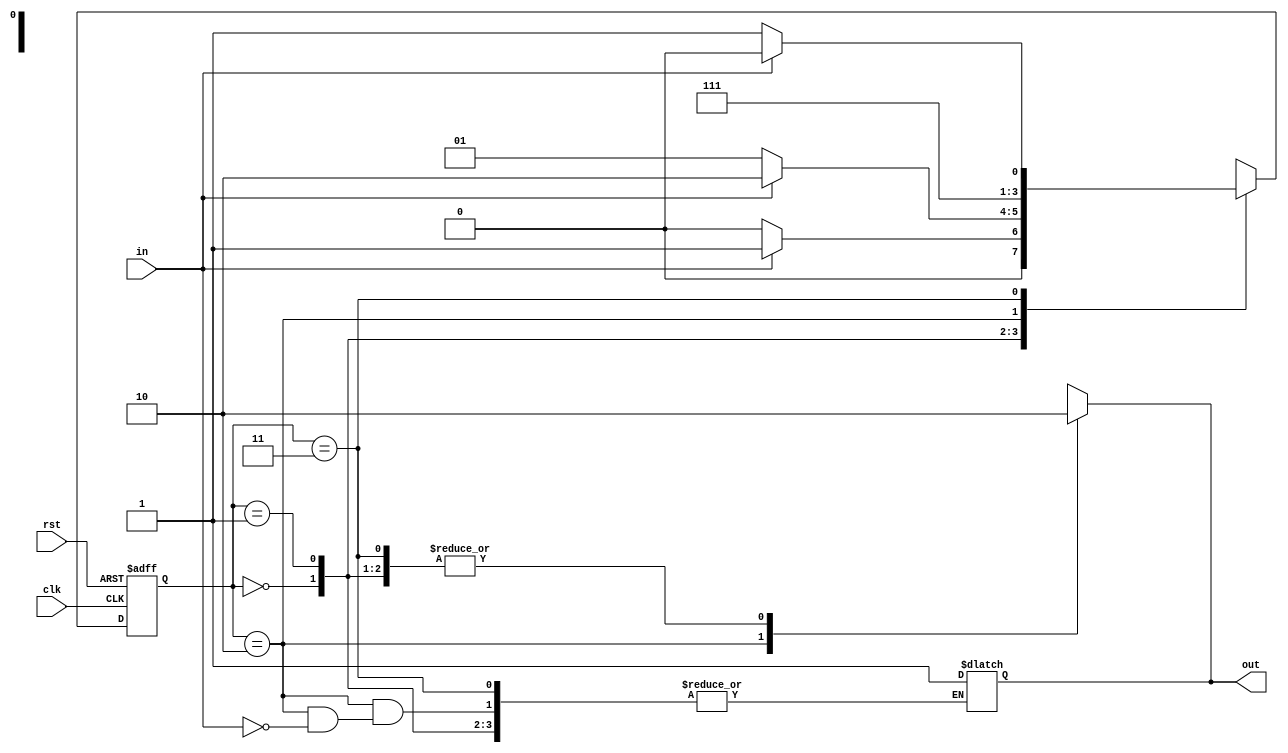
//20L152-SUMITHA R A
module moore_four_eg(
    input clk,rst,in,
    output reg out
    );
parameter s0=2'b00,s1=2'b01,s2=2'b10,s3=2'b11;
reg[1:0]pre_st,nex_st;
always @(posedge clk,posedge rst)
begin
if(rst)
pre_st=1'b0;
else
pre_st=nex_st;
end
always@(pre_st,in)
begin
case(pre_st)
s0:begin if(in) nex_st=s1;
   else nex_st=s0;
   end
s1:begin if(in) nex_st=s2;
   else nex_st=s1;
   end
s2:begin if(in) out=1'b1;
   nex_st=s3;
   end
s3:begin if(in) nex_st=s2;
   else nex_st=s3;
   end
default:nex_st=s0;
endcase
end
always @(pre_st)
begin
 case(pre_st)
 s0:   out = 0;
 s1:   out = 0;
 s2:   out = 1;
 s3:   out = 0;
 default:  out = 0;
 endcase
end
endmodule